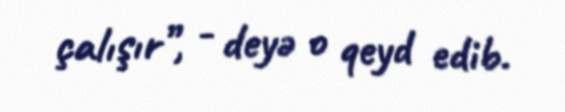
çalışır”, - deyə o qeyd edib.